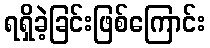
ရရှိခဲ့ခြင်းဖြစ်ကြောင်း